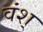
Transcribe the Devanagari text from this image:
वंश्